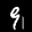
Label: 9